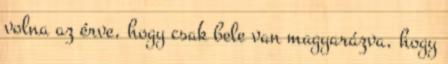
volna az érve, hogy csak bele van magyarázva, hogy